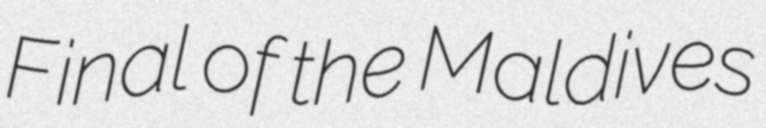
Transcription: Final of the Maldives